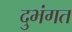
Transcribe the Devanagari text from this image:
दुभंगत